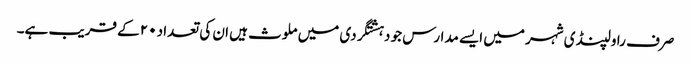
صرف راولپنڈی شہر میں ایسے مدارس جو دہشتگردی میں ملوث ہیں ان کی تعداد ۲۰ کے قریب ہے۔